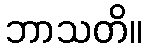
ဘာသတိ။